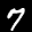
Label: 7